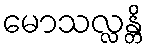
မောသလ္လန္တိ